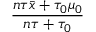
\frac { n \tau { \bar { x } } + \tau _ { 0 } \mu _ { 0 } } { n \tau + \tau _ { 0 } }